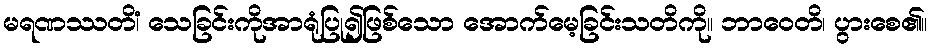
မရဏဿတိံ၊ သေခြင်းကိုအာရုံပြု၍ဖြစ်သော အောက်မေ့ခြင်းသတိကို။ ဘာဝေတိ၊ ပွားစေ၏။